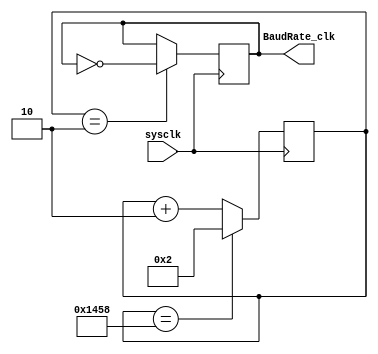
`timescale 1ns/1ns
//using system clock to generate 16 times the baud rate clock
module BaudRateGenerator(sysclk,BaudRate_clk);

  input sysclk;
  output reg BaudRate_clk;
  reg [12:0] state;

  parameter divide=13'd5208;  //can be changed as a parameter when the module is called

  initial
  begin
    state<=13'd0;
    BaudRate_clk<=0;
  end

  always @ ( posedge sysclk )
  begin
    if(state==divide)
      state<=13'd2;
    else
      state<=state+13'd2;
    BaudRate_clk<=(state==13'd2)?~BaudRate_clk:BaudRate_clk;
  end

endmodule